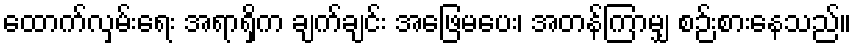
ထောက်လှမ်းရေး အရာရှိက ချက်ချင်း အဖြေမပေး၊ အတန်ကြာမျှ စဉ်းစားနေသည်။